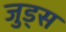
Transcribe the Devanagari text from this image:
जुड्स